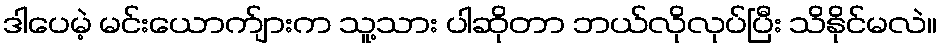
ဒါပေမဲ့ မင်းယောက်ျားက သူ့သား ပါဆိုတာ ဘယ်လိုလုပ်ပြီး သိနိုင်မလဲ။